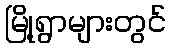
မြို့ရွာများတွင်